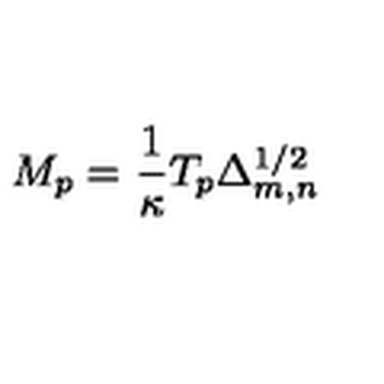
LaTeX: M _ { p } = \frac { 1 } { \kappa } T _ { p } \Delta _ { m , n } ^ { 1 / 2 }